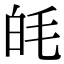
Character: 㿞